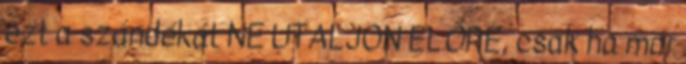
ezt a szándékát NE UTALJON ELŐRE, csak ha már